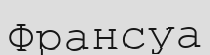
Франсуа